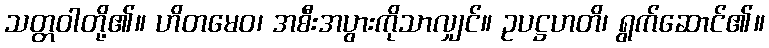
သတ္တဝါတို့၏။ ဟိတမေဝ၊ အစီးအပွားကိုသာလျှင်။ ဥပဋ္ဌဟတိ၊ ရွက်ဆောင်၏။